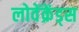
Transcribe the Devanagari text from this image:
लोवेंक्रेंड्स